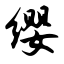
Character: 缨